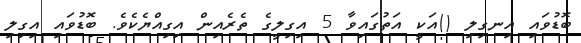
ބޮޑުވައި އިނގިލި ()އަކީ އަތުގައިވާ 5 އިގިލީގެ ތެރެއިން އިގިއްޔެކެވެ. ބޮޑުވައި އިގިލި